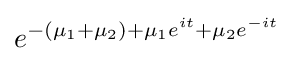
e^{-(\mu _{1}+\mu _{2})+\mu _{1}e^{it}+\mu _{2}e^{-it}}